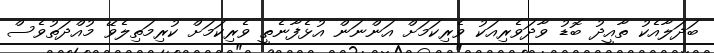
ބަދަލާއެކު ތާއީދު ބޮޑު ވާދަވެރިއަކު ވެރިކަމަށް އަންނަން އުޅެފާނެތީ ވެރިކަމަށް ކުރިމަތިލެވޭ މުއްދަތުވެސް